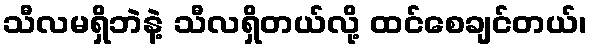
သီလမရှိဘဲနဲ့ သီလရှိတယ်လို့ ထင်စေချင်တယ်၊